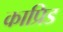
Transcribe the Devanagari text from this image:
काप्रिड